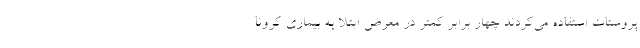
پروستات استفاده می‌کردند چهار برابر کمتر در معرض ابتلا به بیماری کرونا